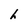
Character: h